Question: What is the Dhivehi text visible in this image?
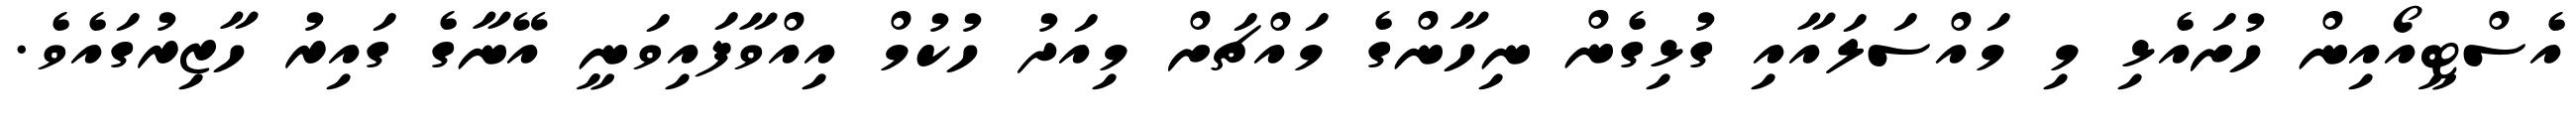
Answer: އެސްޓީއޯއިން ހުށައެޅި މި މައްސަލައާއި ގުޅިގެން ނިހާންގެ މައްޗަށް މިއަދު ހުކުމް އިއްވާފައިވަނީ އޭނާގެ ގައިރު ހާޒިރުގައެވެ.